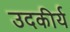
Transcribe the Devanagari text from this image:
उदकीर्य